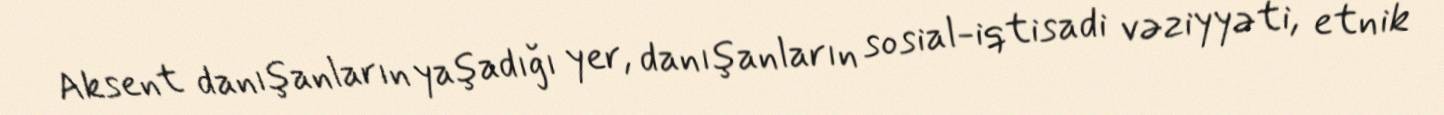
Aksent danışanların yaşadığı yer, danışanların sosial-iqtisadi vəziyyəti, etnik